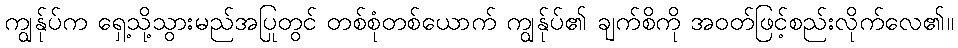
ကျွန်ုပ်က ရှေ့သို့သွားမည်အပြုတွင် တစ်စုံတစ်ယောက် ကျွန်ုပ်၏ ချက်စိကို အဝတ်ဖြင့်စည်းလိုက်လေ၏။